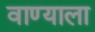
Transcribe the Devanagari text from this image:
वाण्याला